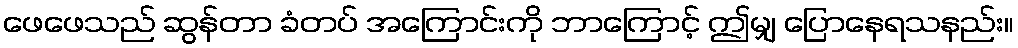
ဖေဖေသည် ဆွန်တာ ခံတပ် အကြောင်းကို ဘာကြောင့် ဤမျှ ပြောနေရသနည်း။